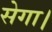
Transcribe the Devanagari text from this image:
सेगा।